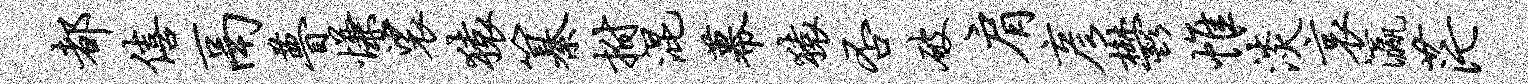
都僖鬲瞢慊裟猿纂拊混幕猿否破肩彦郁帷淡哀瀛茫